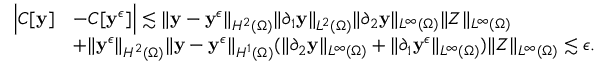
\begin{array} { r l } { \Big | C [ \mathbf { y } ] } & { - C [ \mathbf { y } ^ { \epsilon } ] \Big | \lesssim \| \mathbf { y } - \mathbf { y } ^ { \epsilon } \| _ { H ^ { 2 } ( \Omega ) } \| \partial _ { 1 } \mathbf { y } \| _ { L ^ { 2 } ( \Omega ) } \| \partial _ { 2 } \mathbf { y } \| _ { L ^ { \infty } ( \Omega ) } \| Z \| _ { L ^ { \infty } ( \Omega ) } } \\ & { + \| \mathbf { y } ^ { \epsilon } \| _ { H ^ { 2 } ( \Omega ) } \| \mathbf { y } - \mathbf { y } ^ { \epsilon } \| _ { H ^ { 1 } ( \Omega ) } ( \| \partial _ { 2 } \mathbf { y } \| _ { L ^ { \infty } ( \Omega ) } + \| \partial _ { 1 } \mathbf { y } ^ { \epsilon } \| _ { L ^ { \infty } ( \Omega ) } ) \| Z \| _ { L ^ { \infty } ( \Omega ) } \lesssim \epsilon . } \end{array}